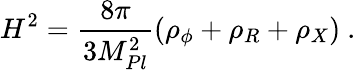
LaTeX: H^{2}=\frac{8\pi}{3M_{Pl}^{2}}(\rho_{\phi}+\rho_{R}+\rho_{X})\ .